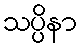
သပ္ပိနာ